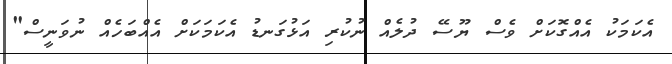
އެކަމަކު އެއްގޮކަށް ވެސް ޔޫސޭ ދުލެއް ނުކުރި އަޅުގަނޑު އެކަމަކަށް އެއްބަހެއް ނުވަނީސް"